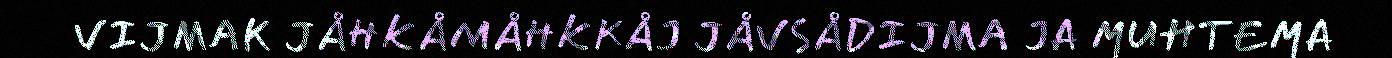
VIJMAK JÅHKÅMÅHKKÅJ JÅVSÅDIJMA JA MUHTEMA